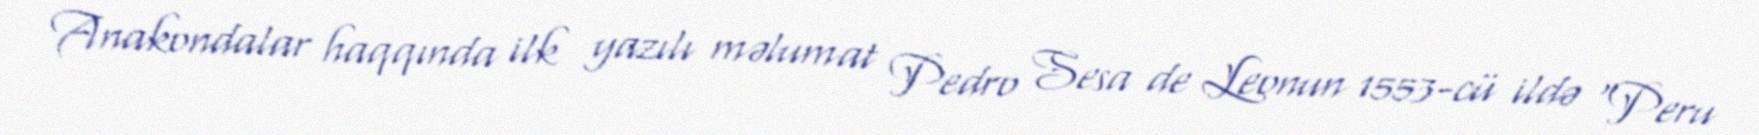
Anakondalar haqqında ilk yazılı məlumat Pedro Sesa de Leonun 1553-cü ildə "Peru